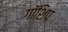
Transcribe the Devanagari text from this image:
गॉशिप